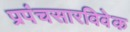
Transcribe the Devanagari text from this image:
प्रपंचसारविवेक